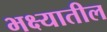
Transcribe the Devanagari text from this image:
भक्ष्यातील